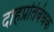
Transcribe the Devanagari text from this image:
दाहप्रतिबंधक